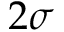
2 \sigma